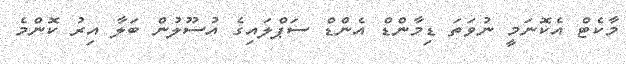
މާކެޓް އެކޮނަމީ ނުވަތަ ޑިމާންޑް އެންޑް ސަޕްލައިގެ އުސޫލުން ބަލާ އިރު ކޮންމެ